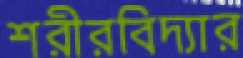
শরীরবিদ্যার